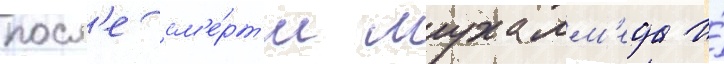
посл'е см'е́рт'и мухамм'еда и́